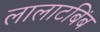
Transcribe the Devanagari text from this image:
लालाटबिंब